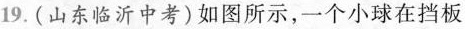
19.(山东临沂中考)如图所示，一个小球在挡板